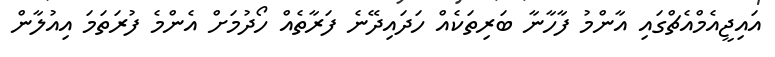
އައިޖީއެމްއެޗްގައި އާންމު ފާހާނާ ބަރިތަކެއް ހަދައިދޭނެ ފަރާތެއް ހޯދުމަށް އެންމެ ފުރަތަމަ އިއުލާން